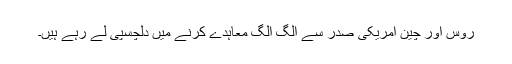
روس اور چین امریکی صدر سے الگ الگ معاہدے کرنے میں دلچسپی لے رہے ہیں۔